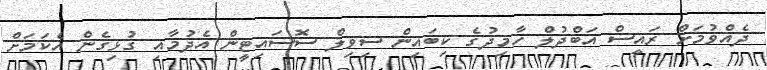
ދެއްވުމަށް ރައީސް އަބްދުލް ހާމިދުގެ ކިބައިން ސިވިލް ސޮސައިޓީން އެދުމާއި ގުޅިގެން އެކަމަށް